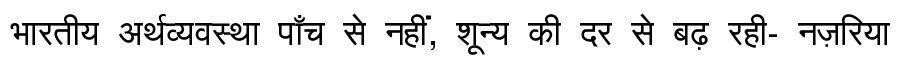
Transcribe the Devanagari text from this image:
भारतीय अर्थव्यवस्था पाँच से नहीं, शून्य की दर से बढ़ रही- नज़रिया